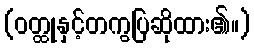
(ဝတ္ထုနှင့်တကွပြဆိုထား၏။)